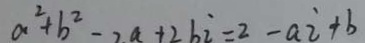
a ^ { 2 } + b ^ { 2 } = 2 a + 2 b i = 2 - a i + b